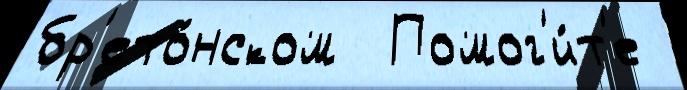
бр'ето́нском  Помог'и́т'е